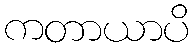
ကတာယာပိ